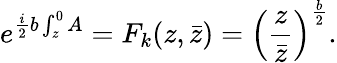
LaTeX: e^{{\frac{i}{2}}b\int_{z}^{0}A}=F_{k}(z,\bar{z})=\left({\frac{z}{\bar{z}}}\right)^{\frac{b}{2}}.